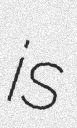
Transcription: is